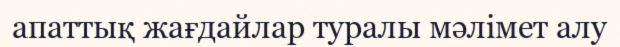
апаттық жағдайлар туралы мәлімет алу